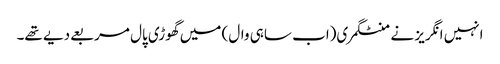
انہیں انگریز نے منٹگمری(اب ساہی وال) میں گھوڑی پال مربعے دیے تھے۔